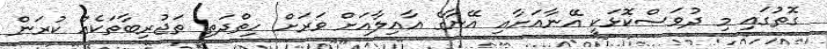
ގޮތުގައި މި ދުވަސްކޮޅަކީ އޭނާއަށާއި އޭނާގެ އާއިލާއަށް ވަރަށް ހިތްދަތި ތަޖުރިބާތަކެއް ކުރަން